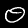
Digit: 0